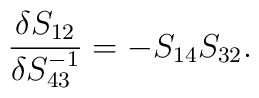
\frac{\delta S_{12}}{\delta S^{-1}_{43}}=-S_{14}S_{32}.